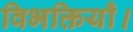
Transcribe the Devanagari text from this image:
विभक्तियाँ।